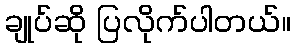
ချုပ်ဆို ပြလိုက်ပါတယ်။